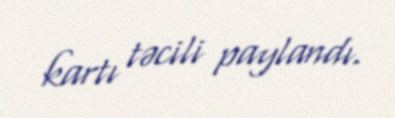
kartı təcili paylandı.